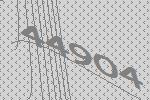
44904